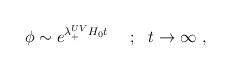
LaTeX: \begin{align*}\phi \sim e^{\lambda^{UV}_{+} H_0 t}~~~~;~~t\to\infty ~,\end{align*}